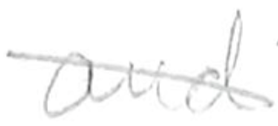
Text: and
Cross-out: diagonal
Writing tool: pencil